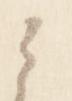
之